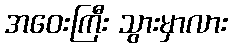
အဝေးကြီး သွားမှာလား